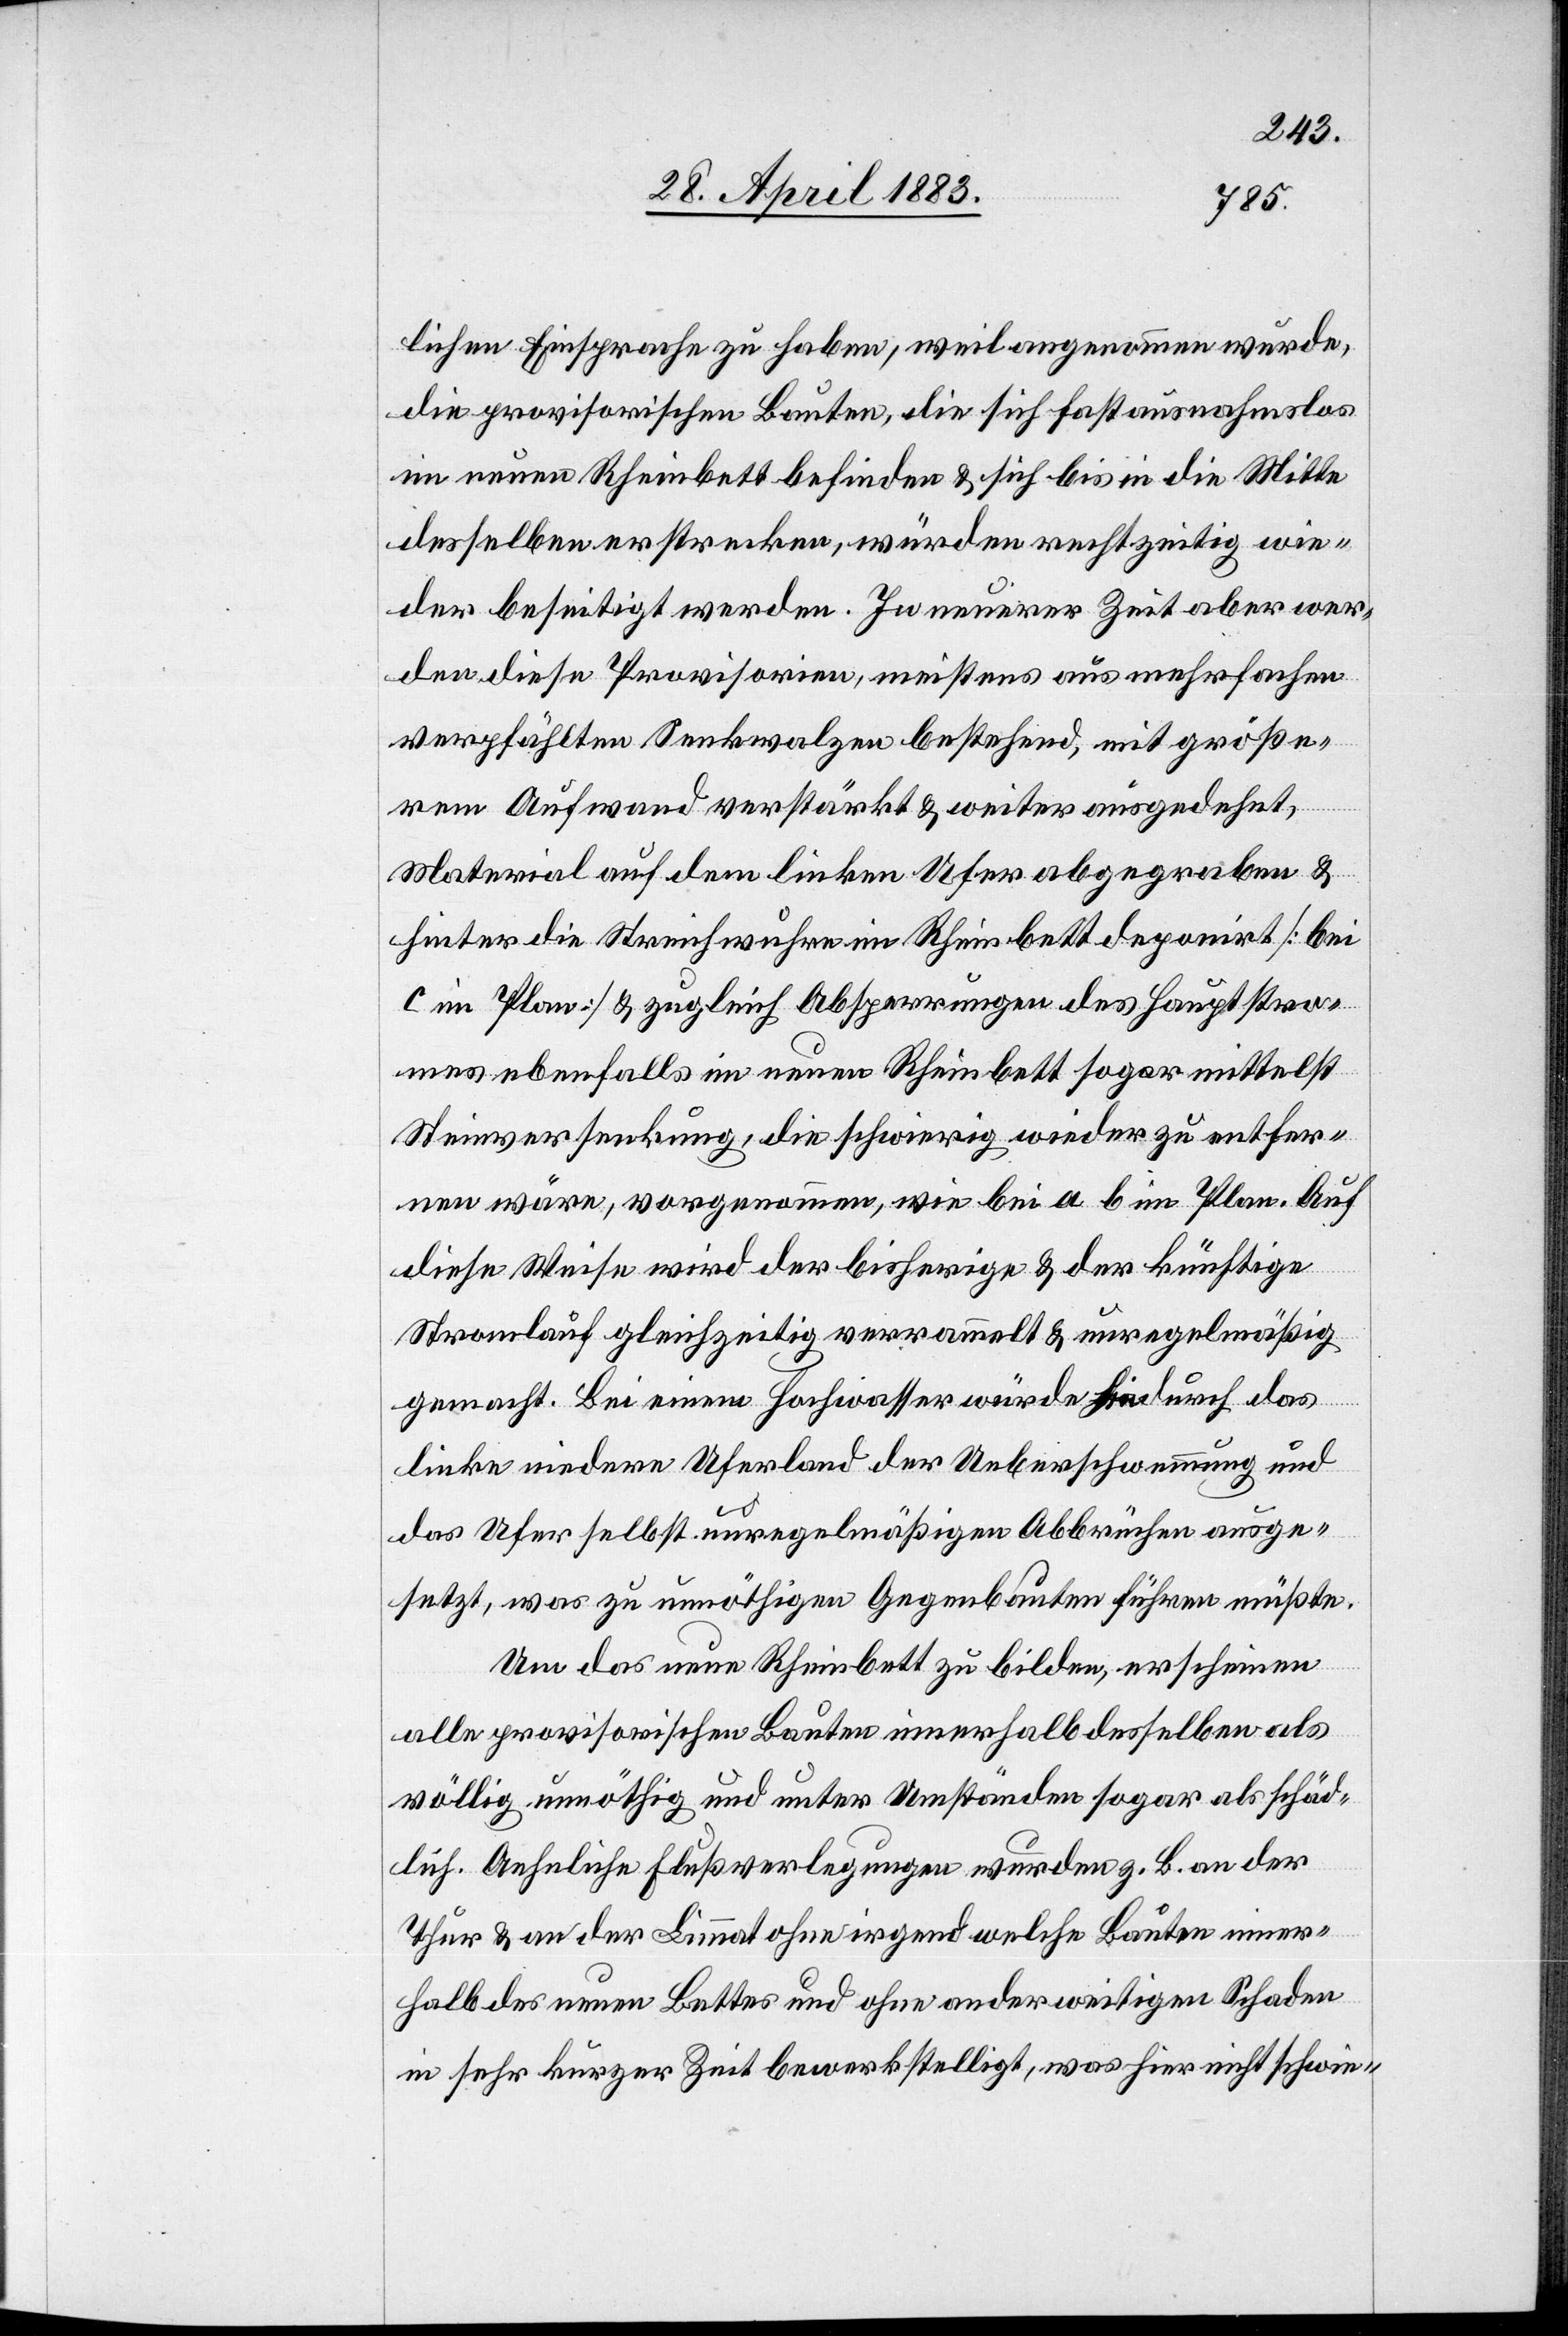
lichen Einsprache zu haben, weil angenommen wurde,
die provisorischen Bauten, die sich fast ausnahmslos
im neuen Rheinbett befinden & sich bis in die Mitte
desselben erstrecken, würden rechtzeitig wie¬
der beseitigt werden. In neuerer Zeit aber wer¬
den diese Provisorien, meistens aus mehrfachen
verpfählten Senkwalzen bestehend, mit größe¬
rem Aufwand verstärkt & weiter ausgedehnt,
Material auf dem linken Ufer abgegraben &
hinter die Streichwuhre im Rheinbett deponirt [bei
im Plan] & zugleich Absperrungen des Hauptstro¬
mes ebenfalls im neuen Rheinbett sogar mittelst
Steinversenkung, die schwierig wieder zu entfer¬
nen wäre, vorgenommen, wie bei a b im Plan. Auf
diese Weise wird der bisherige & der künftige
Stromlauf gleichzeitig verrammelt & unregelmäßig
gemacht. Bei einem Hochwasser würde hiedurch das
linke niedere Uferland der Ueberschwemmung und
das Ufer selbst unregelmäßigen Abbrüchen ausge¬
setzt, was zu unnöthigen Gegenbauten führen müßte.
Um das neue Rheinbett zu bilden, erscheinen
alle provisorischen Bauten innerhalb desselben als
völlig unnöthig und unter Umständen sogar als schäd¬
lich. Aehnliche Flußverlegungen wurden z. B. an der
Thur & an der Limmat ohne irgend welche Bauten inner¬
halb des neuen Bettes und ohne anderweitigen Schaden
in sehr kurzer Zeit bewerkstelligt, was hier nicht schwie-